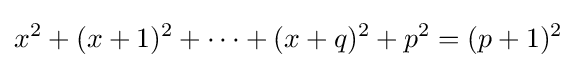
x^{2}+(x+1)^{2}+\cdots +(x+q)^{2}+p^{2}=(p+1)^{2}